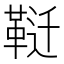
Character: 𱁶